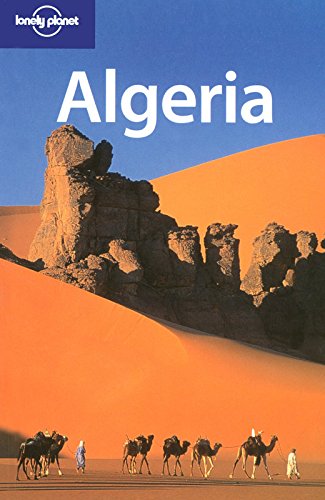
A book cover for Lonely Planet Algeria (Country Guide); Anthony Ham; Travel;